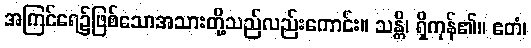
အကြင်ရေ၌ဖြစ်သောအသားတို့သည်လည်းကောင်း။ သန္တိ၊ ရှိကုန်၏။ ဧတံ၊